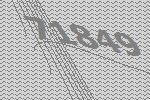
71849